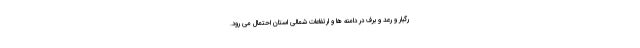
رگبار و رعد و برف در دامنه ها و ارتفاعات شمالی استان احتمال می رود.